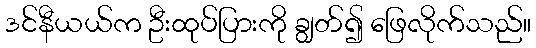
ဒင်နီယယ်က ဦးထုပ်ပြားကို ချွတ်၍ ဖြေလိုက်သည်။